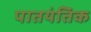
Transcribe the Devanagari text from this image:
पातयंतिक